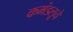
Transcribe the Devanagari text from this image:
कमंडलूचे